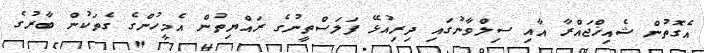
އެގޮތުން ޝެއިޚްޖައްރާ އާއި ސިލްވާނުގައި ދިރިއުޅޭ ފަލަސްތީނުގެ ރައްޔިތުން އެމީހުންގެ ގެތަކުން ބާރުގެ